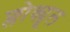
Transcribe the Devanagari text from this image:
फ्लोक्यूल